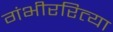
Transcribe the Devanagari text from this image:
गंभीररित्या